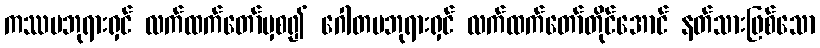
ကဿပဘုရားရှင် လက်ထက်တော်မှစ၍ ဂေါတမဘုရားရှင် လက်ထက်တော်တိုင်အောင် နတ်သားဖြစ်သော